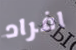
افراد